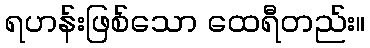
ရဟန်းဖြစ်သော ထေရီတည်း။